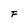
Character: F